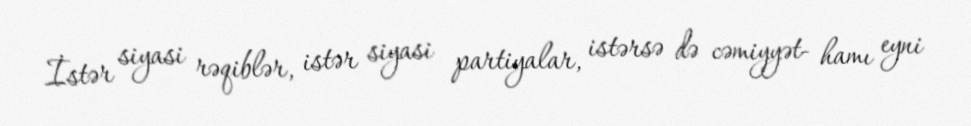
İstər siyasi rəqiblər, istər siyasi partiyalar, istərsə də cəmiyyət- hamı eyni